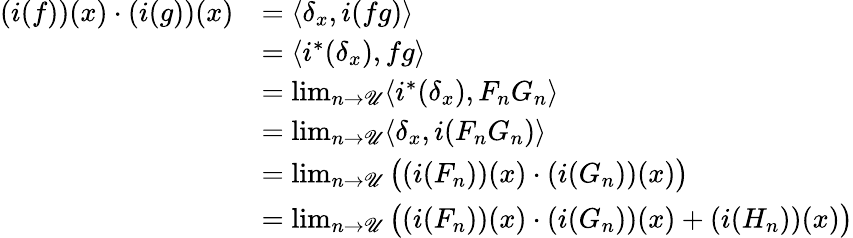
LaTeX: \begin{array}{rl}{(i(f))(x)\cdot(i(g))(x)}&{=\langle\delta_{x},i(fg)\rangle}\\ &{=\langle i^{*}(\delta_{x}),fg\rangle}\\ &{=\operatorname*{lim}_{n\to\mathscr{U}}\langle i^{*}(\delta_{x}),F_{n}G_{n}\rangle}\\ &{=\operatorname*{lim}_{n\to\mathscr{U}}\langle\delta_{x},i(F_{n}G_{n})\rangle}\\ &{=\operatorname*{lim}_{n\to\mathscr{U}}\big((i(F_{n}))(x)\cdot(i(G_{n}))(x)\big)}\\ &{=\operatorname*{lim}_{n\to\mathscr{U}}\big((i(F_{n}))(x)\cdot(i(G_{n}))(x)+(i(H_{n}))(x)\big)}\end{array}